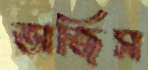
ভাজিস